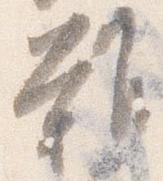
難